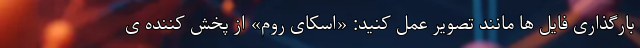
بارگذاری فایل ها مانند تصویر عمل کنید: «اسکای روم» از پخش کننده ی